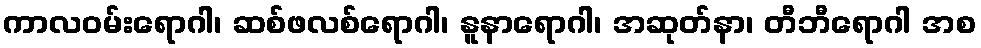
ကာလဝမ်းရောဂါ၊ ဆစ်ဖလစ်ရောဂါ၊ နူနာရောဂါ၊ အဆုတ်နာ၊ တီဘီရောဂါ အစ